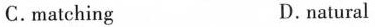
C. matching D. natural